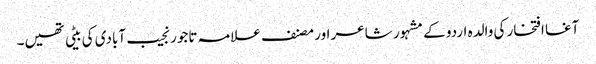
آغا افتخار کی والدہ اردو کے مشہور شاعر اور مصنف علامہ تاجور نجیب آبادی کی بیٹی تھیں۔